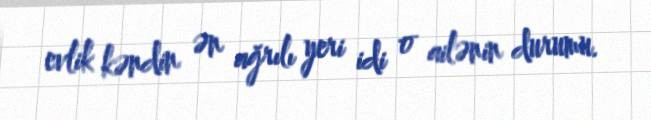
evlik kəndin ən ağrılı yeri idi o ailənin durumu.